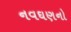
નવઘણનો